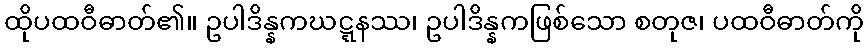
ထိုပထဝီဓာတ်၏။ ဥပါဒိန္နကဃဋ္ဋနဿ၊ ဥပါဒိန္နကဖြစ်သော စတုဇ၊ ပထဝီဓာတ်ကို